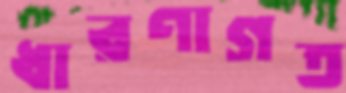
ধারণাগত